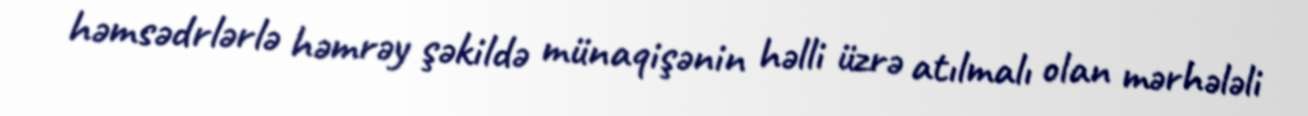
həmsədrlərlə həmrəy şəkildə münaqişənin həlli üzrə atılmalı olan mərhələli